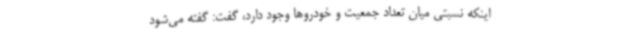
اینکه نسبتی میان تعداد جمعیت و خودروها وجود دارد، گفت: گفته می‌شود